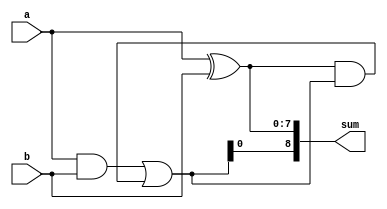
module brent_kung_adder (
    input [7:0] a,
    input [7:0] b,
    output reg [8:0] sum
);

reg [7:0] p[3:0];
reg [15:0] g[3:0];
reg [8:0] c[2:0];

assign sum = {c[2], p[3], p[2], p[1], p[0]};

initial begin
    // Generate initial p and g values
    p[0] = a ^ b;
    g[0] = a & b;

    // Compute intermediate p and g values
    p[1] = g[0] | (p[0] & c[0]);
    g[1] = g[0] & c[0];

    p[2] = g[1] | (p[1] & c[1]);
    g[2] = g[1] & c[1];

    p[3] = g[2] | (p[2] & c[2]);
end

always @* begin
    // Compute final carry values
    c[0] = g[0] | (p[0] & c[0]);
    c[1] = g[1] | (p[1] & c[1]);
    c[2] = g[2] | (p[2] & c[2]);
end

endmodule